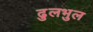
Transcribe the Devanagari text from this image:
ढुलभुल